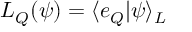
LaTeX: L _ { \cal Q } ( { \psi } ) = \langle e _ { \cal Q } | { \psi } \rangle _ { \cal L }